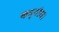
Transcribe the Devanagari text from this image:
कन्नौज।